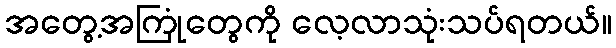
အတွေ့အကြုံတွေကို လေ့လာသုံးသပ်ရတယ်။